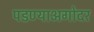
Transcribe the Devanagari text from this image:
पडण्याअगोदर